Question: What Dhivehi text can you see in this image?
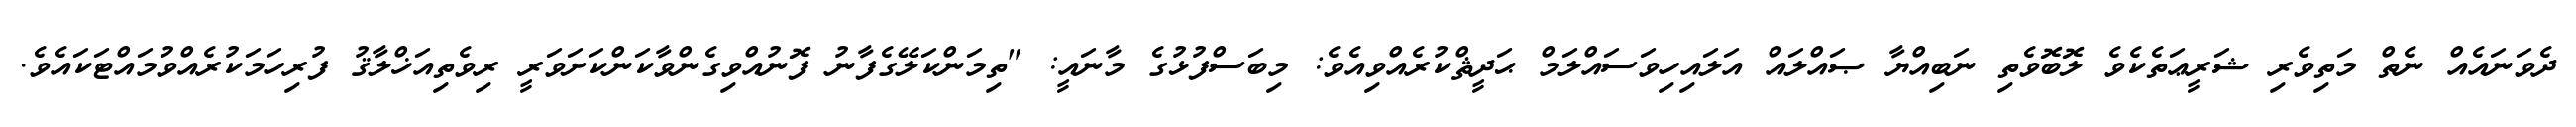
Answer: ދެވަނައެއް ނެތް މަތިވެރި ޝަރީޢަތެކެވެ ލޮބޮވެތި ނަބިއްޔާ ޞައްލައް އަލައިހިވަސައްލަމް ޙަދީޘްކުރެއްވިއެވެ: މިބަސްފުޅުގެ މާނައީ: "ތިމަންކަލޭގެފާނު ފޮނުއްވިގެންވާކަންކަށަވަރީ ރިވެތިއަޚްލާޤު ފުރިހަމަކުރެއްވުމައްޓަކައެވެ.